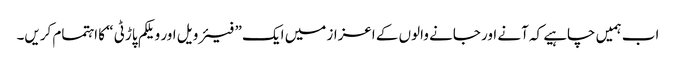
اب ہمیں چاہیے کہ آنے اور جانے والوں کے اعزاز میں ایک ” فیئر ویل اور ویلکم پاڑٹی “ کا اہتمام کریں۔